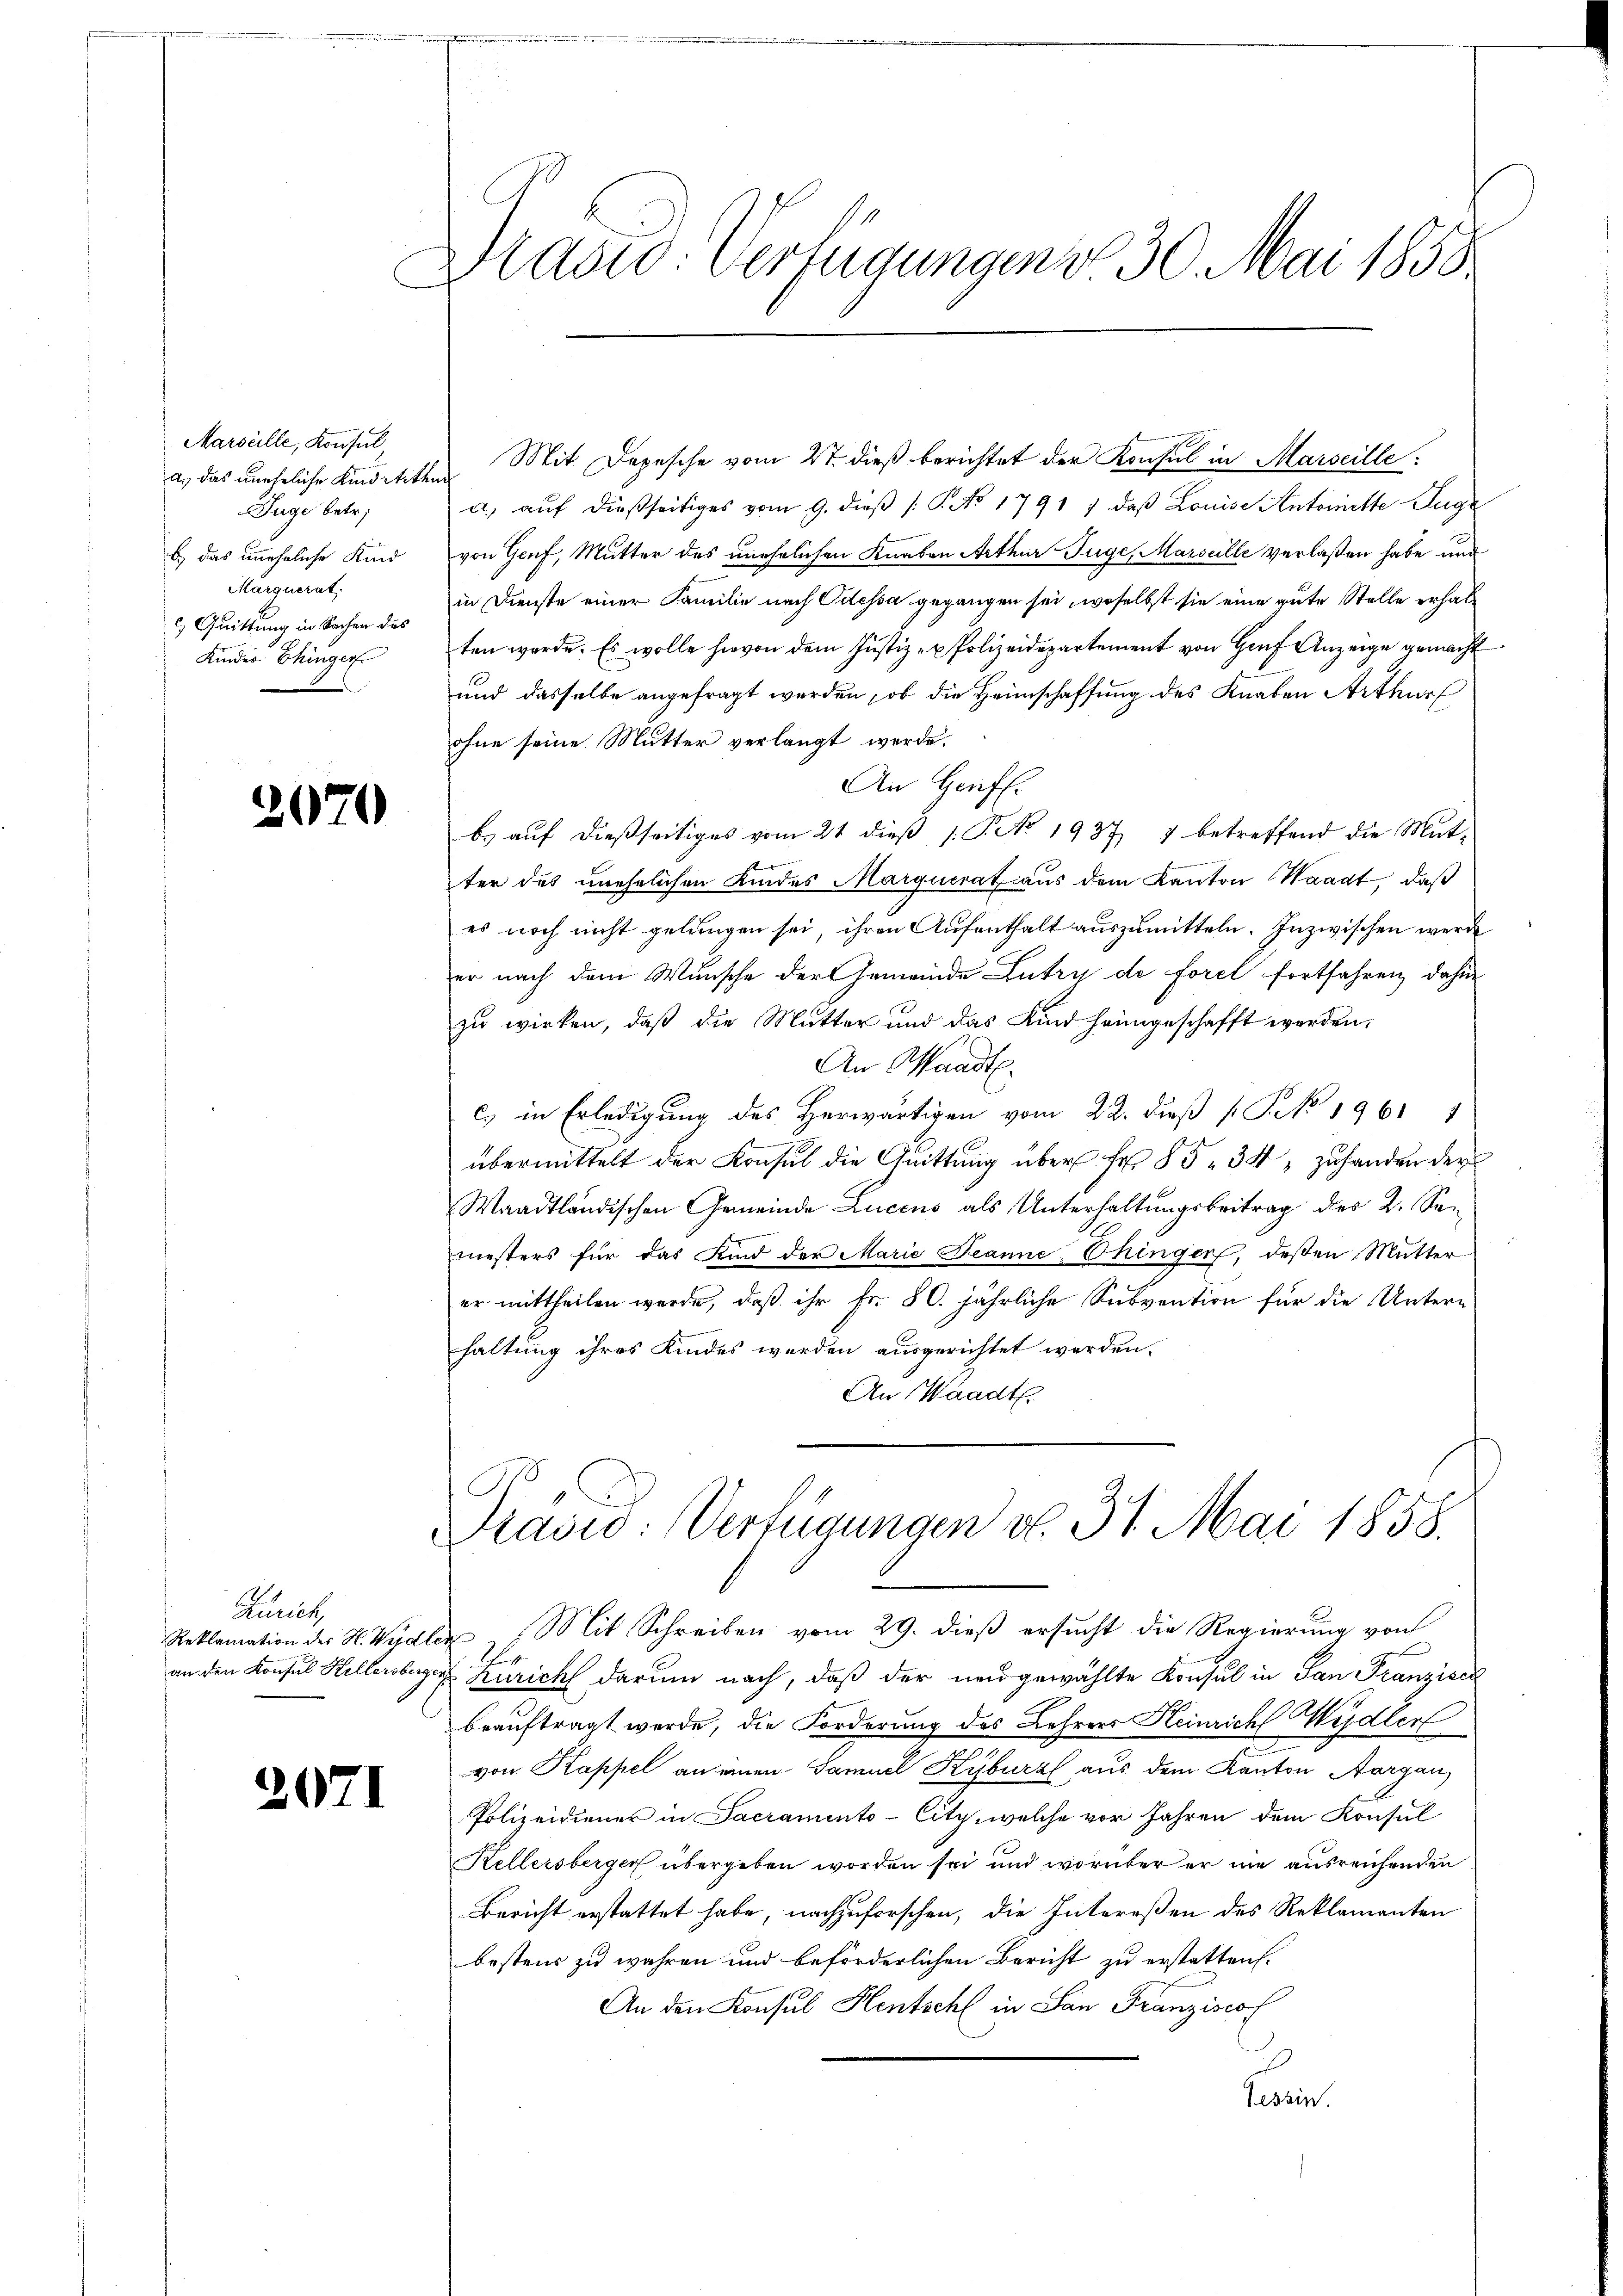
Marseille, Konsul
a. das uneheliche Kind Art.
Juge betr.
b.) das uneheliche Kind
Margnerat:
c Quittung in Sachen des
Kinder Chinger

2070

Zürich,

2

Dravid Verfügungen & 30. Mai 1858

Mit Depesche vom 27. dieß berichtet der Konsul in Marseille:
it
a) auf dießseitiges vom 9. dieβ (: P. No 1791 / daβ Louise Antoinette Juge
von Genf, Mutter des unehelichen Knaben Arthur Juge, Marseille verlaßen habe und
in Dienste einer Familie nach Odessa gegangen sei, woselbst sie eine gute Stelle erhalten werde. Es wolle hievon dem Justiz- u Polizeidepartement von Hauf Anzeige gemacht
und dasselbe angefragt werden, ob die Heimschaffung des Knaben Arthurf
ohne seine Mutter verlangt werde.
An Genf.
b.) auf dießseitiges vom 21 dieß (. P. No 1937 7 betreffend die Mut-
ter das unehelichen Kindes Margucrat aus dem Kanton Waadt, daß
es noch nicht gelungen sei, ihren Aufenthalt auszumitteln. Inzwischen werde
er nach dem Wunsche der Gemeinde Lutry de Forel fortfahren, dahin
zu wirken, daß die Mutter und das Kind heimgeschafft werden,
An Waadt.
c. in Erledigung des Herwärtigen vom 22. dieß ( P. 1961 1
übermittelt der Konsul die Quittung über fr. 85. 34, zu handen der
Waadtländischen Gemeinde Lucens als Unterhaltungsbeitrag des 2. Semesters für das Kind der Marie Jeanne, hinger, deßen Mutter-
er mittheilen werde, daß ihr Fr. 80. jährliche Subvention für die Unterhaltung ihres Kindes werden ausgerichtet werden.
An Waadt.
Prasio: Verfügungen v. 31. Mai 1858.
Reklamation der H. Wydler Mit Schreiben vom 29. dieß ersucht die Regierung von
A
an den Konsul Hellersberger Zürich darum nach, daß der neŭgewählte Konsul in San Franzisc
beauftragt werde, die Forderung des Lehrers Heinrich Wydler
.
von Kappel an einen Samuel Kyburz aus dem Kanton Aargau,
Polizeidiener in Sacramento-Citz, welche vor Jahren dem Konsul
Kellersberger übergeben worden sei und worüber er nie ausreichenden
Bericht erstattet habe, nachzuforschen, die Intereßen des Reklamanten
bestens zu wahren und beförderlichen Bericht zu erstatten.
An den Konsul Hentschl in San Franzises
Tessin.